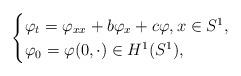
LaTeX: \begin{align*}\begin{cases}\varphi_{t}=\varphi_{xx}+b \varphi_{x}+c\varphi,x\in S^1,\\\varphi_{0}=\varphi(0,\cdot)\in H^{1}(S^{1}),\end{cases}\end{align*}